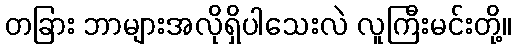
တခြား ဘာများအလိုရှိပါသေးလဲ လူကြီးမင်းတို့။